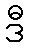
ဒီ